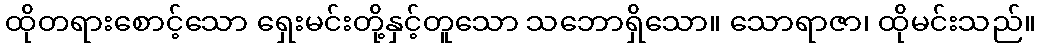
ထိုတရားစောင့်သော ရှေးမင်းတို့နှင့်တူသော သဘောရှိသော။ သောရာဇာ၊ ထိုမင်းသည်။